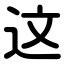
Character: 这